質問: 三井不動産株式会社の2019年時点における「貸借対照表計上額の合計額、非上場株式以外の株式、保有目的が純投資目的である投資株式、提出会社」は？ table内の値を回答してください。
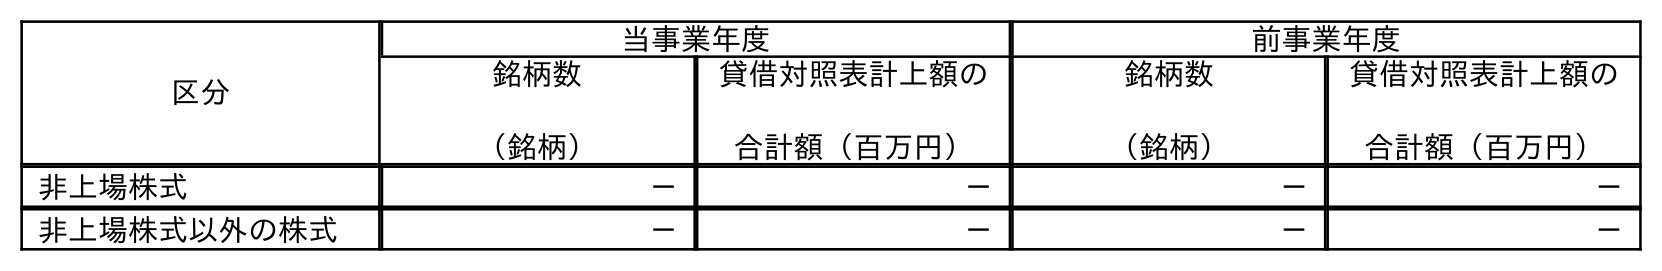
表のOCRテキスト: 区分 当事業年度 前事業年度 銘柄数 （銘柄） 貸借対照表計上額の 合計額（百万円） 銘柄数 （銘柄） 貸借対照表計上額の 合計額（百万円） 非上場株式 － － － － 非上場株式以外の株式 － － － －
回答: －